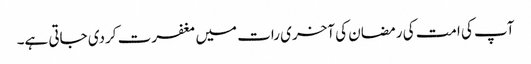
آپ کی امت کی رمضان کی آخری رات میں مغفرت کردی جاتی ہے۔